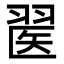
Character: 𦑄